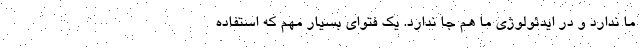
ما ندارد و در ایدئولوژی ما هم جا ندارد. یک فتوای بسیار مهم که استفاده